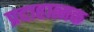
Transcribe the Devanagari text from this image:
प्रदाहात्मक